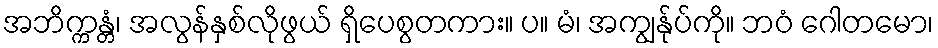
အဘိက္ကန္တံ၊ အလွန်နှစ်လိုဖွယ် ရှိပေစွတကား။ ပ။ မံ၊ အကျွန်ုပ်ကို။ ဘဝံ ဂေါတမော၊